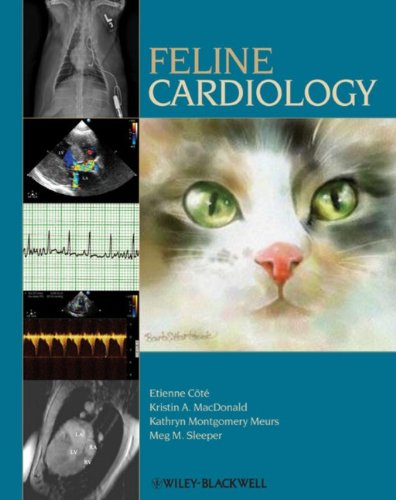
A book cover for Feline Cardiology; Etienne Cote; Medical Books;